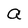
Character: a